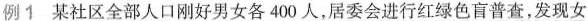
例1 某社区全部人口刚好男女各400人，居委会进行红绿色盲普查，发现女